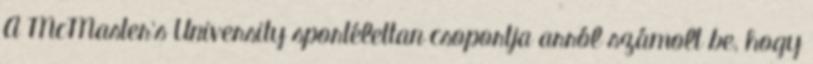
A McMaster's University sportélettan csoportja arról számolt be, hogy